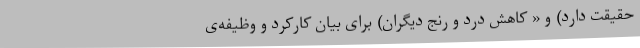
حقیقت دارد) و « کاهش درد و رنج دیگران) برای بیان کارکرد و وظیفه‌ی